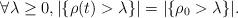
LaTeX: \begin{align*} \forall \lambda \geq 0, |\{\rho(t)>\lambda\}| = |\{\rho_0>\lambda\}|. \end{align*}